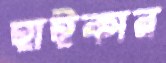
হাইকার